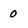
Character: 0